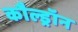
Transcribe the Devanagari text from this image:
कौल्ड्रॉन